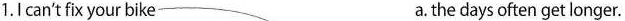
1.I can't fix your bike a.the days often get longer.